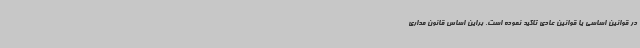
در قوانین اساسی یا قوانین عادی تاکید نموده است. براین اساس قانون مداری